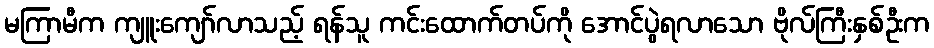
မကြာမီက ကျူးကျော်လာသည့် ရန်သူ ကင်းထောက်တပ်ကို အောင်ပွဲရလာသော ဗိုလ်ကြီးနှစ်ဦးက